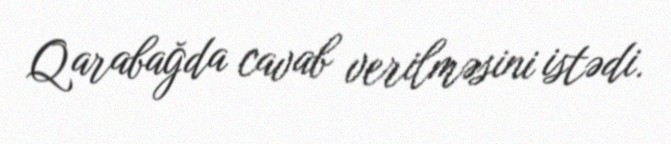
Qarabağda cavab verilməsini istədi.